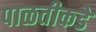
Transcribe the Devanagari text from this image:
पाळतीकडे